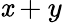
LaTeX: \mathit{x}+y